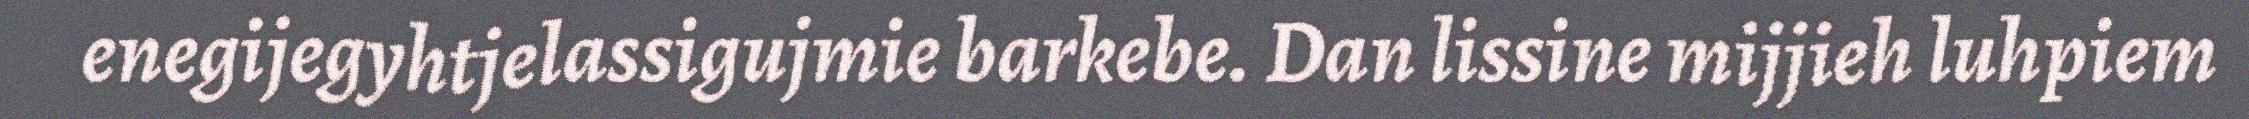
enegijegyhtjelassigujmie barkebe. Dan lissine mijjieh luhpiem